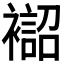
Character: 𧝨